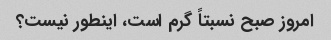
امروز صبح نسبتاً گرم است، اینطور نیست؟